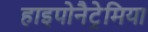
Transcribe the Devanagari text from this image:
हाइपोनैट्रेमिया